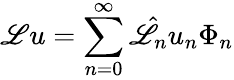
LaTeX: \mathscr{L}u=\sum_{n=0}^{\infty}\hat{\mathscr{L}}_{n}u_{n}\Phi_{n}